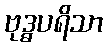
ဗုဒ္ဓပရိသာ